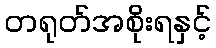
တရုတ်အစိုးရနှင့်